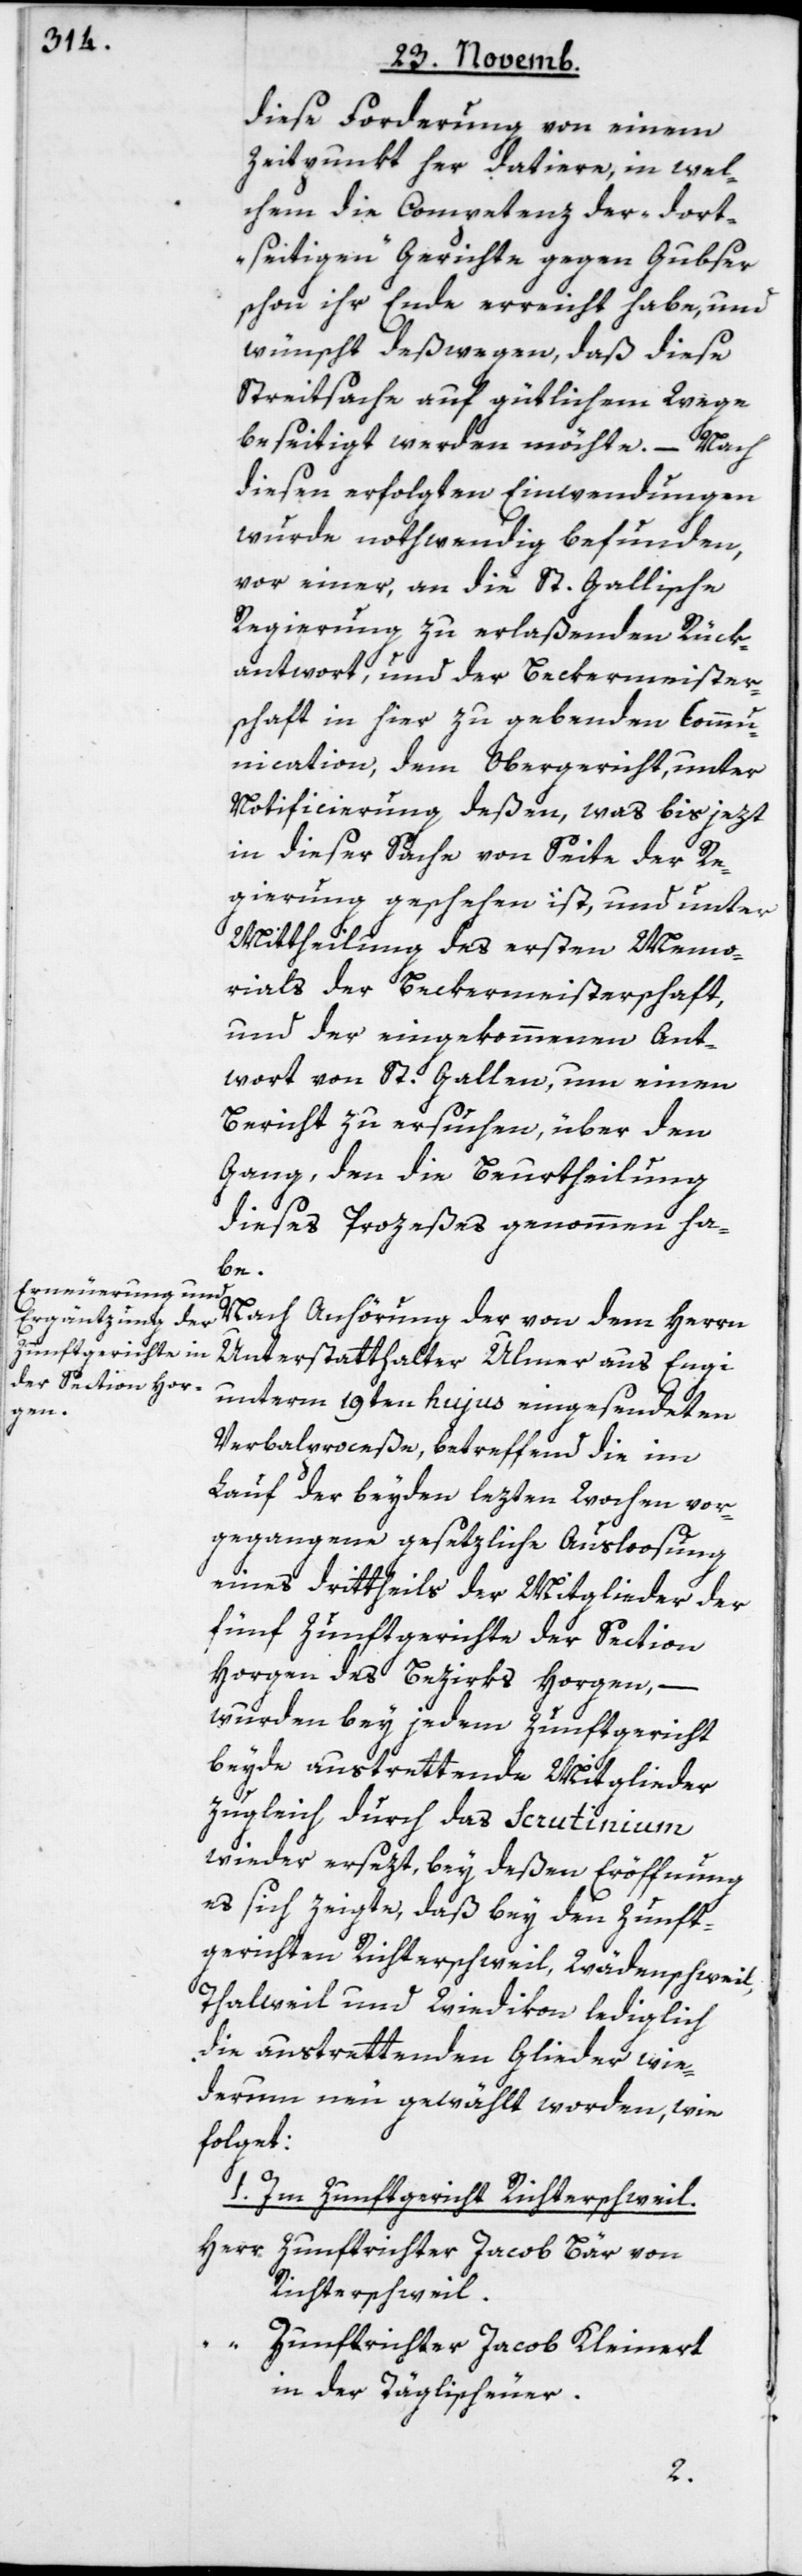
diese Forderung von einem
Zeitpunkt her datiere, in wel¬
chem die Competenz der „dort¬
seitigen“ Gerichte gegen Gubser
schon ihr Ende erreicht habe, und
wünscht deßwegen, daß diese
Streitsache auf gütlichem Wege
beseitigt werden möchte. – Nach
diesen erfolgten Einwendungen
wurde nothwendig befunden,
vor einer, an die St. Gallische
Regierung zu erlaßenden Rück¬
antwort, und der Beckermeister¬
schaft in hier zu gebenden Commu¬
nication, dem Obergericht, unter
Notificierung deßen, was bis jezt
in dieser Sache von Seite der Re¬
gierung geschehen ist, und unter
Mittheilung des ersten Memo¬
rials der Beckermeisterschaft,
und der eingekommenen Ant¬
wort von St. Gallen, um einen
Bericht zu ersuchen, über den
Gang, den die Beurtheilung
dieses Prozeßes genommen ha¬
be.
Nach Anhörung der von dem Herrn
Unterstatthalter Ulmer aus Engi
unterm 19ten hujus eingesendeten
Verbalproceße, betreffend die im
Lauf der beyden lezten Wochen vor¬
gegangene gesetzliche Ausloosung
eines drittheils der Mitglieder der
fünf Zunftgerichte der Section
Horgen des Bezirks Horgen, –
wurden bey jedem Zunftgericht
beyde austrettende Mitglieder
zugleich durch das Scrutinium
wieder ersezt, bey deßen Eröffnung
es sich zeigte, daß bey den Zunft¬
gerichten Richterschweil, Wädenschweil,
Thalweil und Wiedikon lediglich
die austrettenden Glieder wie¬
derum neu gewählt worden, wie
folget:
1. Im Zunftgericht Richterschweil.
Herr
Zunftrichter Jacob Bär von
Richterschweil.
Zunftrichter Jacob Kleinert